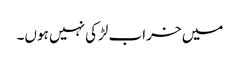
میں خراب لڑکی نہیں ہوں۔